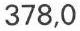
378,0